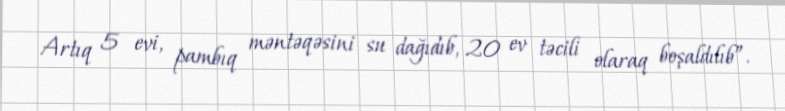
Artıq 5 evi, pambıq məntəqəsini su dağıdıb, 20 ev təcili olaraq boşaldılıb”.